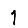
Digit: 1